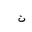
Letter: _ta